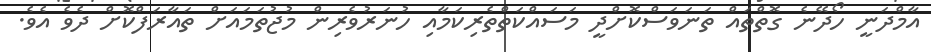
އާމްދަނީ ހޯދޭނެ ގޮތްތައް ތަނަވަސްކޮށްދީ މަސައްކަތްތެރިކަމާއި ހުނަރުވެރިން މުޖުތަމައަށް ތައާރަފްކޮށް ދެވެ އެވެ.